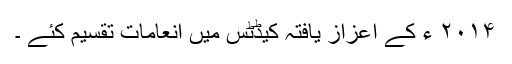
۲۰۱۴ ء کے اعزاز یافتہ کیڈٹس میں انعامات تقسیم کئے ۔